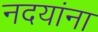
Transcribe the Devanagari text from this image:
नदयांना